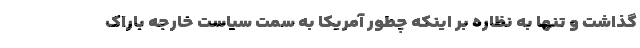
گذاشت و تنها به نظاره بر اینکه چطور آمریکا به سمت سیاست خارجه باراک